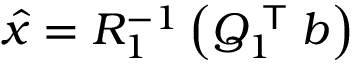
{ \hat { x } } = R _ { 1 } ^ { - 1 } \left( Q _ { 1 } ^ { \textsf { T } } b \right)